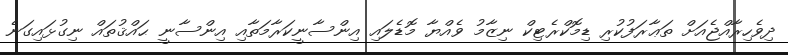
ދިވެހިރާއްޖެއަށް ތަޢާރަފުކުރި ޑިމޮކްރެޓިކް ނިޒާމު ވެއްޔާ މޮޑެލައި އިންސާނީކަރާމަތާއި އިންސާނީ ޙައްޤުތައް ނިގުޅައިގަނެ